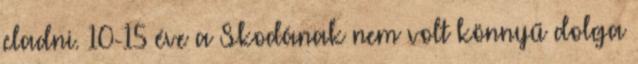
eladni. 10-15 éve a Skodának nem volt könnyű dolga